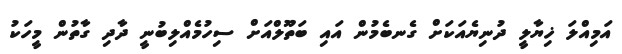
އަމިއްލަ ޚިޔާލީ ދުނިޔެއަކަށް ގެނބެމުން އައި ބަތޫލްއަށް ސިހުމެއްލިބުނީ ދާދި ގާތުން މީހަކު